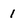
Character: 1